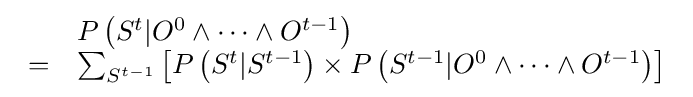
{\begin{array}{ll}&P\left(S^{t}|O^{0}\wedge \cdots \wedge O^{t-1}\right)\\=&\sum _{S^{t-1}}\left[P\left(S^{t}|S^{t-1}\right)\times P\left(S^{t-1}|O^{0}\wedge \cdots \wedge O^{t-1}\right)\right]\end{array}}